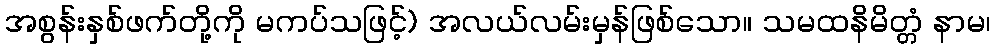
အစွန်းနှစ်ဖက်တို့ကို မကပ်သဖြင့်) အလယ်လမ်းမှန်ဖြစ်သော။ သမထနိမိတ္တံ နာမ၊